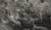
استقيل